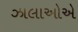
ઝાલાઓએ